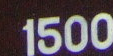
1500